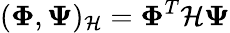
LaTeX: (\boldsymbol{\Phi},\boldsymbol{\Psi})_{\mathcal{H}}=\boldsymbol{\Phi}^{T}\mathcal{H}\boldsymbol{\Psi}